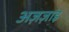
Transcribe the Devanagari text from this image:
अज़ज़ाइ